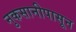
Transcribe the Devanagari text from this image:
नुकसानीपासून